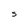
Character: S